Report on sanitation, dispensaries, and jails in Rajputana for 1911, and on vaccination for the year 1911-1912 - 1911-1912
Year: 1911
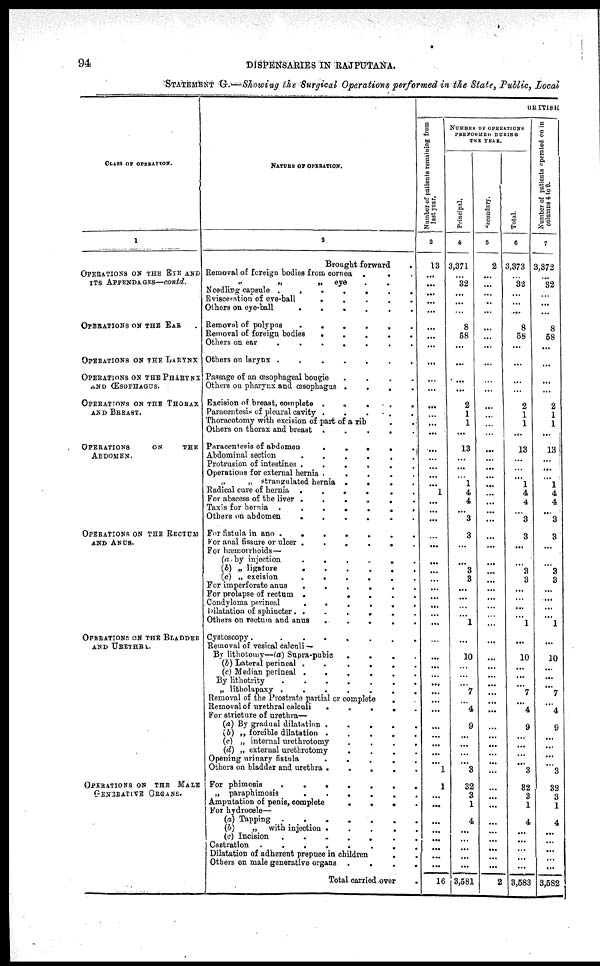
94
DISPENSARIES IN RAJPUTANA.
STATEMENT G —Showing the Surgical Operations performed in the State, Public, Local
CLASS OF OPERATION.
1
OPERATIONS ON THE EYE AND
ITS APPENDAGES—contd.
OPERATIONS ON THE EAR
OPERATIONS ON THE LARYNX
OPERATIONS ON THE PHARYNX
AND ŒSOPHAGUS.
OPERATIONS ON THE THORAX.
AND BREAST.
OPERATIONS
ON
THE
ABDOMEN.
OPERATIONS ON THE RECTUM
AND ANUS.
OPERATIONS ON THE BLADDER
AND URETHRA..
OPERATIONS ON THE MALE
GENERATIVE ORGANS
NATURE OF OPERATION.
2
Brought forward .
Removal of foreign bodies from cornea .
. .
„
„
„
eye . . .
Needling capsule .
.
.
.
.
.
.
Evisceration of eye-ball
.
.
.
.
.
Others on eye-ball
.
.
.
.
.
.
Removal of polypus
.
.
.
.
.
.
Removal of foreign bodies
.
.
.
.
.
Others on ear
.
.
.
.
.
.
.
Others on larynx .
.
.
.
.
.
.
Passage of an œsophageal bougie
.
.
.
.
Others on pharynx and œsophagus .
.
.
.
Excision of breast, complete .
.
.
.
.
Paracentesis of pleural cavity .
.
.
.
.
Thoracotomy with excision of part of a rib . .
Others on thorax and breast .
.
.
.
.
Paracentesis of abdomen
.
.
.
.
.
Abdominal section
.
.
.
.
.
.
Protrusion of intestines .
.
.
.
.
.
Operations for external hernia .
.
.
.
.
„
„ strangulated hernia .
.
.
.
Radical cure of hernia .
.
.
.
.
.
For abscess of the liver .
.
.
.
.
.
Taxis for hernia
.
.
.
.
.
.
Others on abdomen
.
.
.
.
.
.
For fistula in ano .
.
.
.
.
.
.
For anal fissure or ulcer .
.
.
.
.
.
For hæmorrhoids—
(a) by injection
.
.
.
. .
(b) „ ligature
.
.
.
.
.
.
(c) „ excision
.
.
.
.
.
.
For imperforate anus
.
.
.
.
.
.
For prolapse of rectum .
.
.
.
.
Condyloma perineal
.
.
.
.
.
.
Dilatation of sphincter . .
.
.
. . .
Others on rectum and anus
.
.
.
.
.
Cystoscopy.
.
.
.
.
.
.
.
Removal of vesical calculi —
By lithotomy—(a) Supra-pubic
.
.
.
.
(b) Lateral perineal .
.
.
.
.
(c) Median perineal .
.
.
.
.
.
By lithotrity
.
.
.
.
.
.
.
„ litholapaxy .
.
.
.
.
.
.
Removal of the Prostrate partial or complete
.
Removal of urethral calculi
.
.
.
.
.
For stricture of urethra—
(a) By gradual dilatation .
.
.
.
.
(b) „ forcible dilatation .
.
.
.
.
(c) „ internal urethrotomy
.
.
.
.
(d) „ external urethrotomy
.
.
.
.
Opening urinary
fistula
.
.
.
.
.
Others on bladder and urethra .
.
.
.
.
For phimosis
.
.
.
.
.
.
.
„ paraphimosis
.
.
.
.
.
.
Amputation of penis, complete
.
.
.
.
For hydrocele—
(a) Tapping .
.
.
.
.
.
.
(b)
„ with injection .
.
.
.
.
(c) Incision
.
. . . . . .
Castration .
.
.
.
.
.
.
.
Dilatation of adherent prepuce in children
. .
Others on male generative organs .
.
.
.
Total carried over .
BRITISH
Number of patients remaining from
last year.
3
13
...
...
...
...
...
...
...
...
...
...
...
...
...
...
...
...
...
...
...
...
1
...
...
...
...
...
...
...
...
...
...
...
...
...
...
...
...
...
...
...
...
...
...
...
...
...
...
...
...
1
1
...
...
...
...
...
...
...
...
16
NUMBER OF OPERATIONS
PERFORMED DURING
THE YEAR.
Principal.
4
3,371
...
32
...
...
...
8
58
...
...
...
...
2
1
1
...
13
...
...
...
1
4
4
...
3
3
...
...
3
3
...
...
...
...
1
...
...
10
...
...
...
7
...
4
...
9
...
...
...
...
3
32
3
1
4
...
...
...
...
...
3,581
Secondary.
5
2
...
...
...
...
...
...
...
...
...
...
...
...
...
... ...
...
...
...
...
...
...
...
...
...
...
...
...
...
...
...
...
...
...
...
...
...
...
...
...
...
...
...
...
...
...
...
...
...
...
...
...
...
...
...
...
...
...
...
...
2
Total.
6
3,373
...
32
...
...
...
8
58
...
...
...
...
2
1
1
...
13
...
...
...
1
4
4
...
3
3
...
...
3
3
...
...
...
...
1
...
...
10
...
...
...
7
...
4
...
9
...
...
...
...
3
32
3
1
4
...
...
...
...
...
3,583
Number of patients operated on in
columns 4 to 6.
7
3,372
...
32
...
...
...
8
58
...
...
...
...
2
1
1
...
13
...
...
...
1
4
4
...
3
3
...
...
3
3
...
...
...
...
1
...
...
10
...
...
...
7
...
4
...
9
...
...
...
...
3
32
3
1
4
...
...
...
...
...
3,582